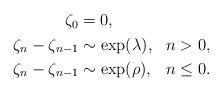
LaTeX: \begin{align*} \begin{aligned} \zeta_0&=0,\\ \zeta_n-\zeta_{n-1}&\sim\exp(\lambda),& n>0,\\ \zeta_n-\zeta_{n-1}&\sim\exp(\rho), & n\leq0. \end{aligned}\end{align*}